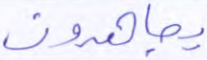
يجاهدون